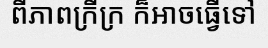
ពីភាពក្រីក្រ ក៏អាចធ្វើទៅ